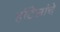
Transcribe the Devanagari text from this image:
हॉटेलांचे